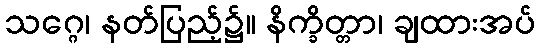
သဂ္ဂေ၊ နတ်ပြည့်၌။ နိက္ခိတ္တာ၊ ချထားအပ်